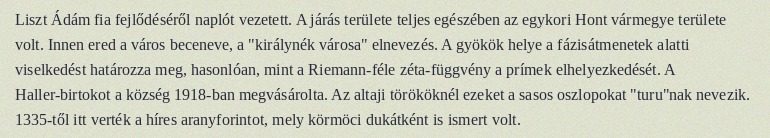
Liszt Ádám fia fejlődéséről naplót vezetett. A járás területe teljes egészében az egykori Hont vármegye területe volt. Innen ered a város beceneve, a "királynék városa" elnevezés. A gyökök helye a fázisátmenetek alatti viselkedést határozza meg, hasonlóan, mint a Riemann-féle zéta-függvény a prímek elhelyezkedését. A Haller-birtokot a község 1918-ban megvásárolta. Az altaji törököknél ezeket a sasos oszlopokat "turu"nak nevezik. 1335-től itt verték a híres aranyforintot, mely körmöci dukátként is ismert volt.